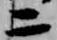
二